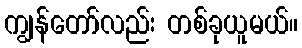
ကျွန်တော်လည်း တစ်ခုယူမယ်။